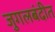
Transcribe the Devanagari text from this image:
जुगलबंदीत